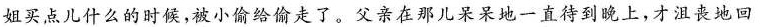
姐买点儿什么的时候，被小偷给偷走了。父亲在那儿呆呆地一直待到晚上，才沮丧地回